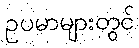
ဥပမာများတွင်